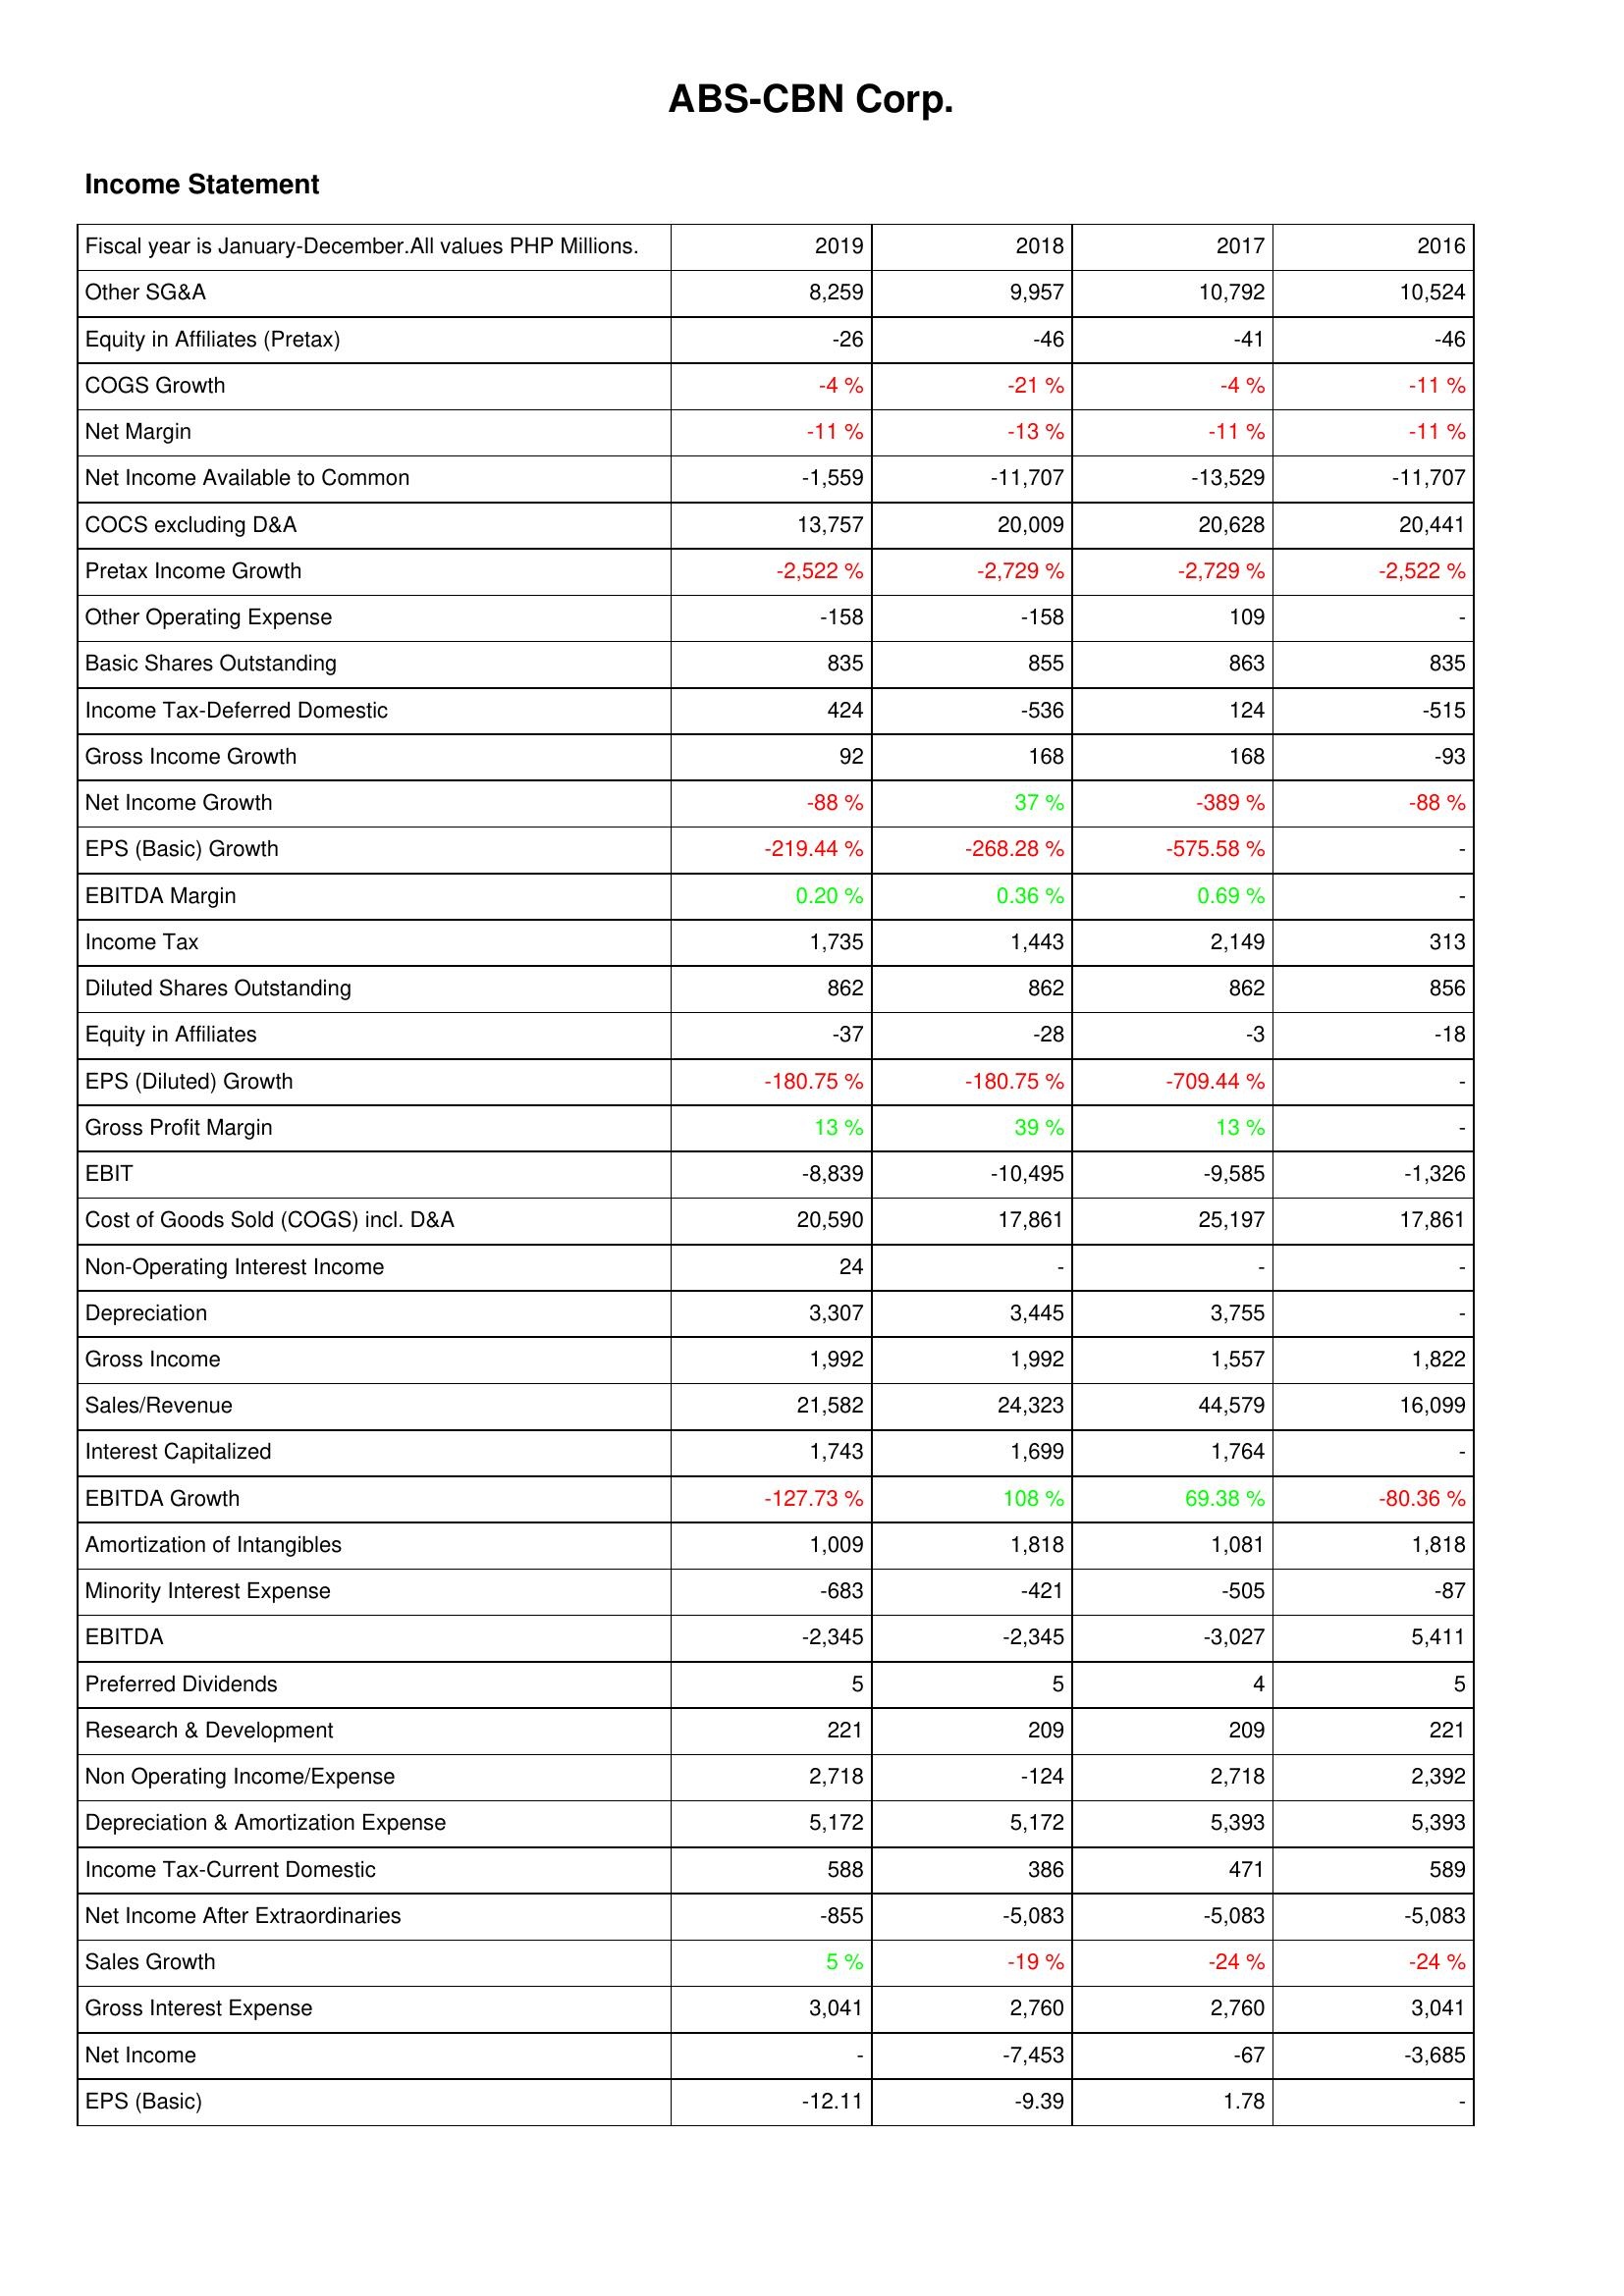
2019: Income Statement: Other SG&A: 8,259
Equity in Affiliates (Pretax): -26
COGS Growth: -4 %
Net Margin: -11 %
Net Income Available to Common: -1,559
COCS excluding D&A: 13,757
Pretax Income Growth: -2,522 %
Other Operating Expense: -158
Basic Shares Outstanding: 835
Income Tax-Deferred Domestic: 424
Gross Income Growth: 92
Net Income Growth: -88 %
EPS (Basic) Growth: -219.44 %
EBITDA Margin: 0.20 %
Income Tax: 1,735
Diluted Shares Outstanding: 862
Equity in Affiliates: -37
EPS (Diluted) Growth: -180.75 %
Gross Profit Margin: 13 %
EBIT: -8,839
Cost of Goods Sold (COGS) incl. D&A: 20,590
Non-Operating Interest Income: 24
Depreciation: 3,307
Gross Income: 1,992
Sales/Revenue: 21,582
Interest Capitalized: 1,743
EBITDA Growth: -127.73 %
Amortization of Intangibles: 1,009
Minority Interest Expense: -683
EBITDA: -2,345
Preferred Dividends: 5
Research & Development: 221
Non Operating Income/Expense: 2,718
Depreciation & Amortization Expense: 5,172
Income Tax-Current Domestic: 588
Net Income After Extraordinaries: -855
Sales Growth: 5 %
Gross Interest Expense: 3,041
Net Income: -
EPS (Basic): -12.11
2018: Income Statement: Other SG&A: 9,957
Equity in Affiliates (Pretax): -46
COGS Growth: -21 %
Net Margin: -13 %
Net Income Available to Common: -11,707
COCS excluding D&A: 20,009
Pretax Income Growth: -2,729 %
Other Operating Expense: -158
Basic Shares Outstanding: 855
Income Tax-Deferred Domestic: -536
Gross Income Growth: 168
Net Income Growth: 37 %
EPS (Basic) Growth: -268.28 %
EBITDA Margin: 0.36 %
Income Tax: 1,443
Diluted Shares Outstanding: 862
Equity in Affiliates: -28
EPS (Diluted) Growth: -180.75 %
Gross Profit Margin: 39 %
EBIT: -10,495
Cost of Goods Sold (COGS) incl. D&A: 17,861
Non-Operating Interest Income: -
Depreciation: 3,445
Gross Income: 1,992
Sales/Revenue: 24,323
Interest Capitalized: 1,699
EBITDA Growth: 108 %
Amortization of Intangibles: 1,818
Minority Interest Expense: -421
EBITDA: -2,345
Preferred Dividends: 5
Research & Development: 209
Non Operating Income/Expense: -124
Depreciation & Amortization Expense: 5,172
Income Tax-Current Domestic: 386
Net Income After Extraordinaries: -5,083
Sales Growth: -19 %
Gross Interest Expense: 2,760
Net Income: -7,453
EPS (Basic): -9.39
2017: Income Statement: Other SG&A: 10,792
Equity in Affiliates (Pretax): -41
COGS Growth: -4 %
Net Margin: -11 %
Net Income Available to Common: -13,529
COCS excluding D&A: 20,628
Pretax Income Growth: -2,729 %
Other Operating Expense: 109
Basic Shares Outstanding: 863
Income Tax-Deferred Domestic: 124
Gross Income Growth: 168
Net Income Growth: -389 %
EPS (Basic) Growth: -575.58 %
EBITDA Margin: 0.69 %
Income Tax: 2,149
Diluted Shares Outstanding: 862
Equity in Affiliates: -3
EPS (Diluted) Growth: -709.44 %
Gross Profit Margin: 13 %
EBIT: -9,585
Cost of Goods Sold (COGS) incl. D&A: 25,197
Non-Operating Interest Income: -
Depreciation: 3,755
Gross Income: 1,557
Sales/Revenue: 44,579
Interest Capitalized: 1,764
EBITDA Growth: 69.38 %
Amortization of Intangibles: 1,081
Minority Interest Expense: -505
EBITDA: -3,027
Preferred Dividends: 4
Research & Development: 209
Non Operating Income/Expense: 2,718
Depreciation & Amortization Expense: 5,393
Income Tax-Current Domestic: 471
Net Income After Extraordinaries: -5,083
Sales Growth: -24 %
Gross Interest Expense: 2,760
Net Income: -67
EPS (Basic): 1.78
2016: Income Statement: Other SG&A: 10,524
Equity in Affiliates (Pretax): -46
COGS Growth: -11 %
Net Margin: -11 %
Net Income Available to Common: -11,707
COCS excluding D&A: 20,441
Pretax Income Growth: -2,522 %
Other Operating Expense: -
Basic Shares Outstanding: 835
Income Tax-Deferred Domestic: -515
Gross Income Growth: -93
Net Income Growth: -88 %
EPS (Basic) Growth: -
EBITDA Margin: -
Income Tax: 313
Diluted Shares Outstanding: 856
Equity in Affiliates: -18
EPS (Diluted) Growth: -
Gross Profit Margin: -
EBIT: -1,326
Cost of Goods Sold (COGS) incl. D&A: 17,861
Non-Operating Interest Income: -
Depreciation: -
Gross Income: 1,822
Sales/Revenue: 16,099
Interest Capitalized: -
EBITDA Growth: -80.36 %
Amortization of Intangibles: 1,818
Minority Interest Expense: -87
EBITDA: 5,411
Preferred Dividends: 5
Research & Development: 221
Non Operating Income/Expense: 2,392
Depreciation & Amortization Expense: 5,393
Income Tax-Current Domestic: 589
Net Income After Extraordinaries: -5,083
Sales Growth: -24 %
Gross Interest Expense: 3,041
Net Income: -3,685
EPS (Basic): -